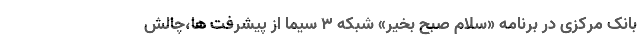
بانک مرکزی در برنامه «سلام صبح بخیر» شبکه 3 سیما از پیشرفت ها،چالش